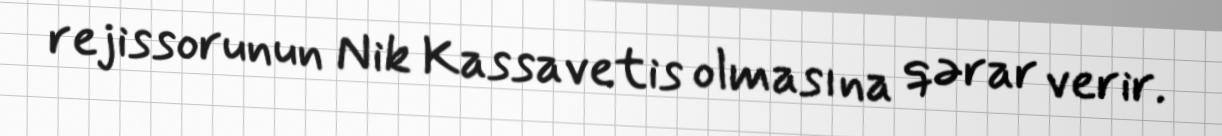
rejissorunun Nik Kassavetis olmasına qərar verir.